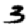
Digit: 3